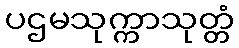
ပဌမသုက္ကာသုတ္တံ